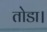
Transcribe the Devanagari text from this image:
तोडा।